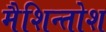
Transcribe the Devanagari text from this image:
मैशिन्तोश